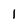
Character: I